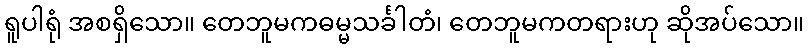
ရူပါရုံ အစရှိသော။ တေဘူမကဓမ္မသင်္ခါတံ၊ တေဘူမကတရားဟု ဆိုအပ်သော။